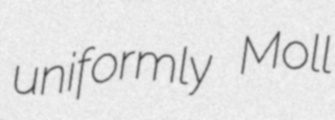
uniformly Moll